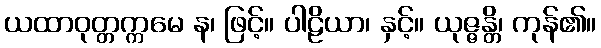
ယထာဝုတ္တက္ကမေ န၊ ဖြင့်။ ပါဠိယာ၊ နှင့်။ ယုဇ္ဇန္တိ၊ ကုန်၏။